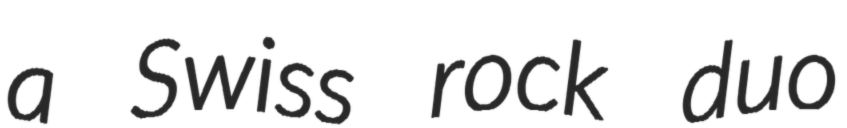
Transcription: a Swiss rock duo